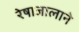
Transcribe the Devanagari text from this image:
रेषाजालाने